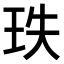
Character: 𤤥